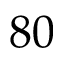
8 0